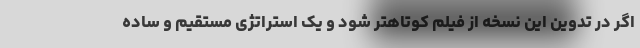
اگر در تدوین این نسخه از فیلم کوتاهتر شود و یک استراتژی مستقیم و ساده